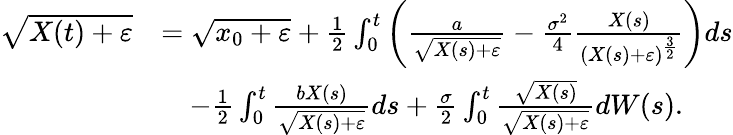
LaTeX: \begin{array}{rl}{\sqrt{X(t)+\varepsilon}}&{=\sqrt{x_{0}+\varepsilon}+\frac{1}{2}\int_{0}^{t}\left(\frac{a}{\sqrt{X(s)+\varepsilon}}-\frac{\sigma^{2}}{4}\frac{X(s)}{(X(s)+\varepsilon)^{\frac{3}{2}}}\right)ds}\\ &{\quad-\frac{1}{2}\int_{0}^{t}\frac{bX(s)}{\sqrt{X(s)+\varepsilon}}ds+\frac{\sigma}{2}\int_{0}^{t}\frac{\sqrt{X(s)}}{\sqrt{X(s)+\varepsilon}}dW(s).}\end{array}